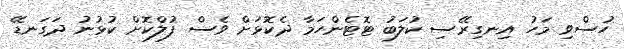
ހުސްވި މަހު އިނގިރޭސި ކުލަބު ޓޮޓެންހަމާ ދެކޮޅަށް ވެސް ފުލްކޮށް ކުޅުނު ދަގަނޑޭ